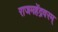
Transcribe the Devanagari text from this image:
राजमहेंद्रवरम्